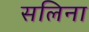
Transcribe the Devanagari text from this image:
सलिना